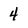
Character: 4